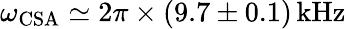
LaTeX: \omega_{\mathrm{CSA}}\simeq 2\pi\times(9.7\pm 0.1)\mathrm{\, kHz}